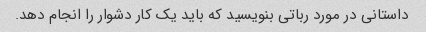
داستانی در مورد رباتی بنویسید که باید یک کار دشوار را انجام دهد.